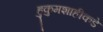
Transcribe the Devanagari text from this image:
हुकुमशाहीकडे